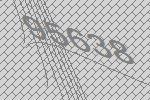
95638